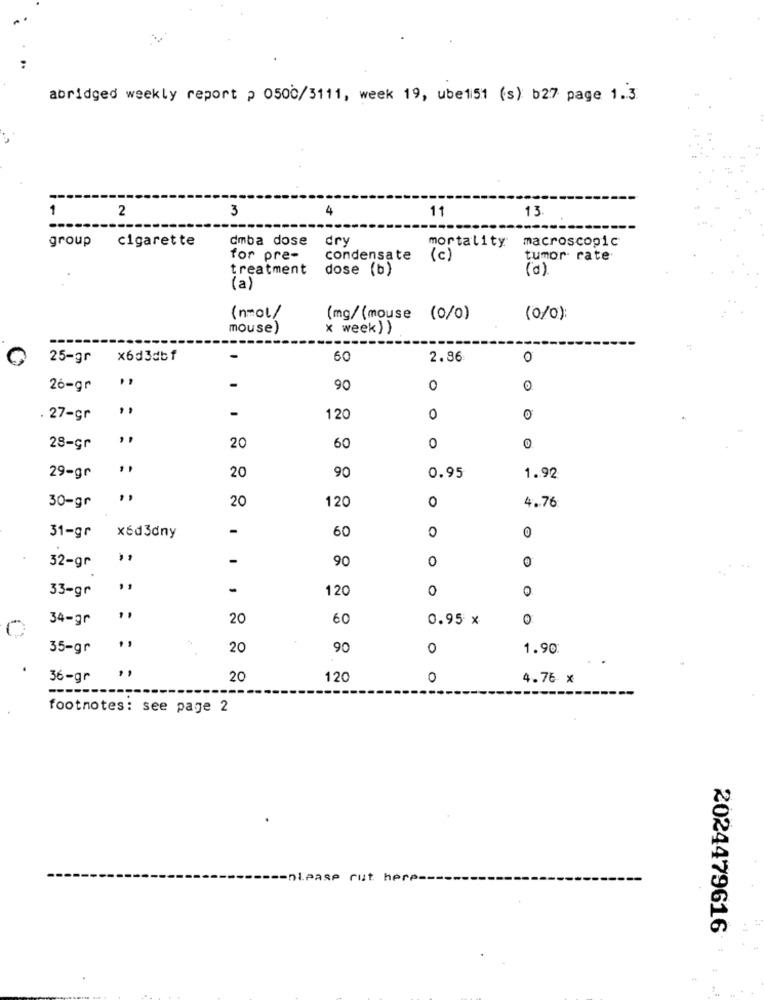
abridged weekly report p 0500/3111, week 19, ube151 (s) b27 page 1.3
1
2
3
4
11
13.
group cigarette
dmba dose
dry
mortality
macroscopic
for pre-
condensate
(c)
tumor rate
treatment
dose (b)
(0)
(a)
(nmol/
(mg/(mouse (0/0)
(0/0)
mouse)
x week) )
25-gr
×6d3dbf
-
60
2.86
0
26-gr
-
90
0
0
-
27-gr
120
0
0
28-gr
20
60
0
90
29-gr
20
0.95
1.92
20
120
0
4.76
30-gr
-
60
0
0
31-gr
x6d3dny
32-gr
-
90
0
0
33-gr
, ,
-
120
0
0
34-gr
20
60
0.95 x
0
35-gr
-
20
90
0
1.90
36-gr
20
120
0
4.76 x
--
footnotes: see page 2
-nieasp cut here-
2024479616